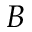
B